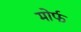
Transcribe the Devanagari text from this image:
मोर्फ